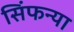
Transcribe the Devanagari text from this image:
सिंफन्या